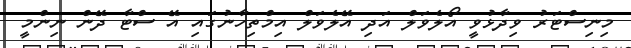
މިނިސްޓަރު ވިދާޅުވީ އޯލެވަލް އަދި އޭލެވަލް އިމްތިހާނުގައި އޭ ސްޓާ ދޭން ނިންމީ